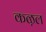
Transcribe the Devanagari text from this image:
कऴल